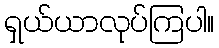
ရှယ်ယာလုပ်ကြပါ။